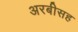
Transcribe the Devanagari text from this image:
अरबीसह